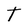
Character: T